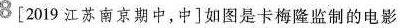
8[2019江苏南京期中，中]如图是卡梅隆监制的电影